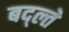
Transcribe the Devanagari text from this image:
बद्ल्ते